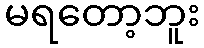
မရတော့ဘူး